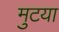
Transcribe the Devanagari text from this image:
मुटया